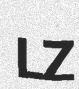
LZ